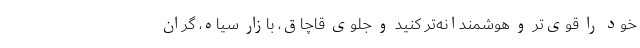
خود را قوی‌تر و هوشمندانه‌تر کنید و جلوی قاچاق، بازار سیاه، گران‌